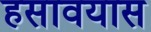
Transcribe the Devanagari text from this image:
हसावयास